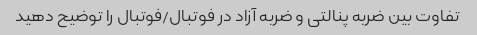
تفاوت بین ضربه پنالتی و ضربه آزاد در فوتبال/فوتبال را توضیح دهید